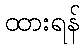
ထားရန်